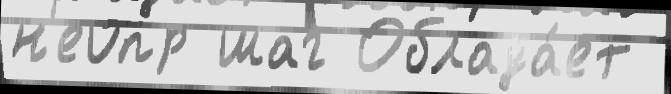
н'еопр шаг Облада́ет